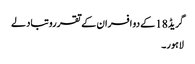
گریڈ18 کے دو افسران کے تقررو تبادلے
لاہور۔